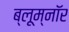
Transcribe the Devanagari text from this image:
ब्लूम्नॉर